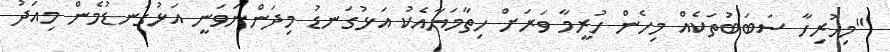
"މިހުރިހާ ސަބަބުތަކެއް މިހެން ހުރީމާ ވަރަށް ހިތާމަޔާއެކު އަޅުގަނޑު މިދަންނަވަނީ އަޅުގަނޑުމެން މިއަދު